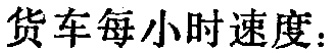
货车每小时速度：